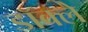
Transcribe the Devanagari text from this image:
डॉक्ले